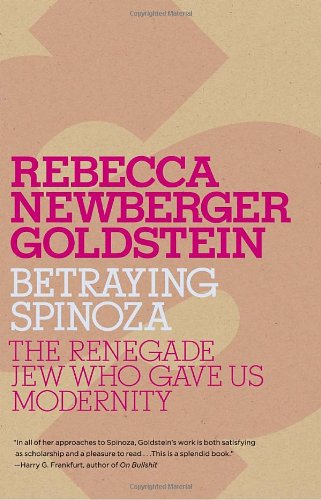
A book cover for Betraying Spinoza: The Renegade Jew Who Gave Us Modernity (Jewish Encounters Series); Rebecca Goldstein; Biographies & Memoirs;